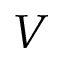
V